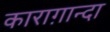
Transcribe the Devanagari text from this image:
काराग़ान्दा